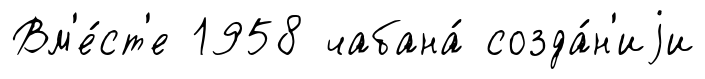
Вм'е́ст'е 1958 чабана́ созда́н'иjи